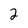
Character: 2